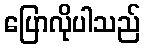
ပြောလိုပါသည်